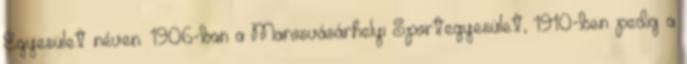
Egyesület néven. 1906-ban a Marosvásárhelyi Sportegyesület, 1910-ben pedig a